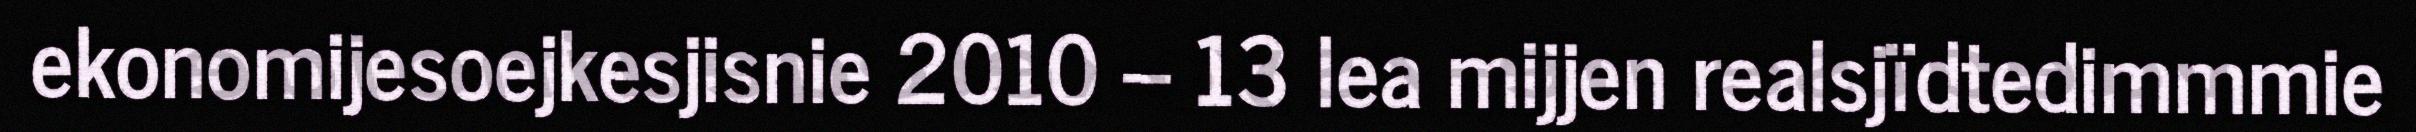
ekonomijesoejkesjisnie 2010 – 13 lea mijjen realsjïdtedimmmie